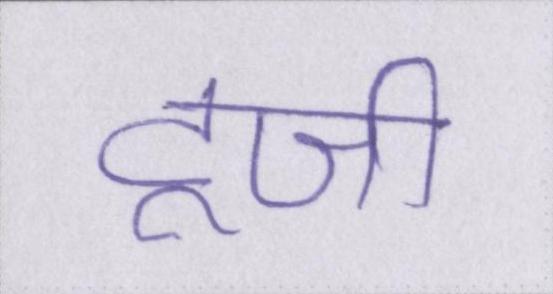
टूजी